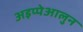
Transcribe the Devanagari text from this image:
अइप्पेआलुन